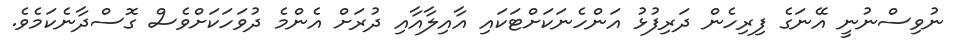
ނުވިސްނުނީ އޭނަގެ ފިރިހެން ދަރިފުޅު އަންހެނަކަށްޓަކައި އާއިލާއާއި ދުރަށް އެންމެ ދުވަހަކަށްވެސް ގޮސްދާނެކަމެވެ.